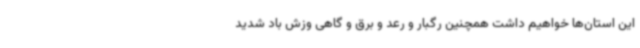
این استان‌ها خواهیم داشت همچنین رگبار و رعد و برق و گاهی وزش باد شدید